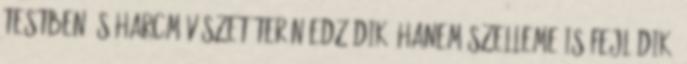
testben és harcművészet terén edződik, hanem szelleme is fejlődik.